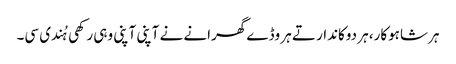
ہر شاہوکار، ہر دوکاندار تے ہر وڈے گھرانے نے آپنی آپنی وہی رکھی ہُندی سی۔